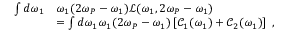
\begin{array} { r l } { \int d \omega _ { 1 } } & { \omega _ { 1 } ( 2 \omega _ { P } - \omega _ { 1 } ) \mathcal { L } ( \omega _ { 1 } , 2 \omega _ { P } - \omega _ { 1 } ) } \\ & { = \int d \omega _ { 1 } \omega _ { 1 } ( 2 \omega _ { P } - \omega _ { 1 } ) \left[ \mathcal { C } _ { 1 } ( \omega _ { 1 } ) + \mathcal { C } _ { 2 } ( \omega _ { 1 } ) \right] \ , } \end{array}